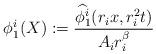
LaTeX: \begin{align*}\phi^i_1(X):= \frac{ \widehat{\phi^i_1}( r_i x, r_i^2t)}{A_ir_i^{\beta}} \end{align*}